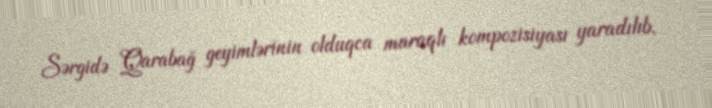
Sərgidə Qarabağ geyimlərinin olduqca maraqlı kompozisiyası yaradılıb.